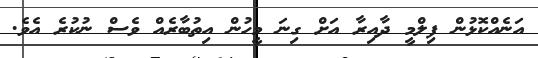
އަނެއްކޮޅުން ފިލްމީ ދާއިރާ އަށް ގިނަ މީހުން އިތުބާރެއް ވެސް ނުކުރެ އެވެ.